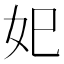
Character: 𡚱